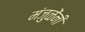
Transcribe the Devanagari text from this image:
मंजुळेंनी